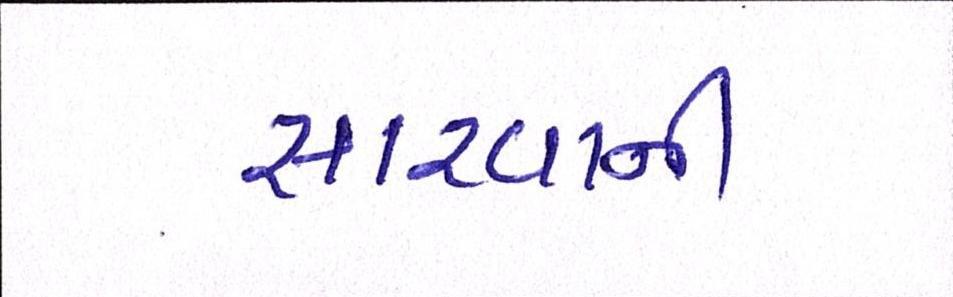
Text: સારવાની